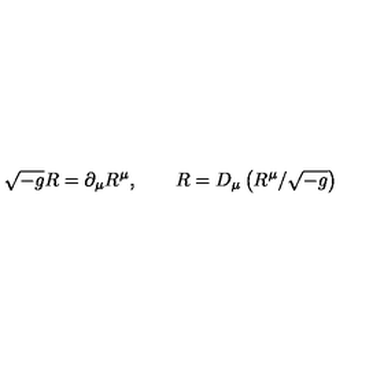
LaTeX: \sqrt { - g } R = \partial _ { \mu } R ^ { \mu } , \qquad R = D _ { \mu } \left( R ^ { \mu } / \sqrt { - g } \right)